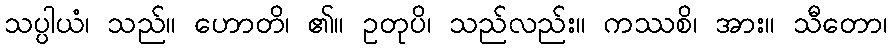
သပ္ပါယံ၊ သည်။ ဟောတိ၊ ၏။ ဥတုပိ၊ သည်လည်း။ ကဿစိ၊ အား။ သီတော၊